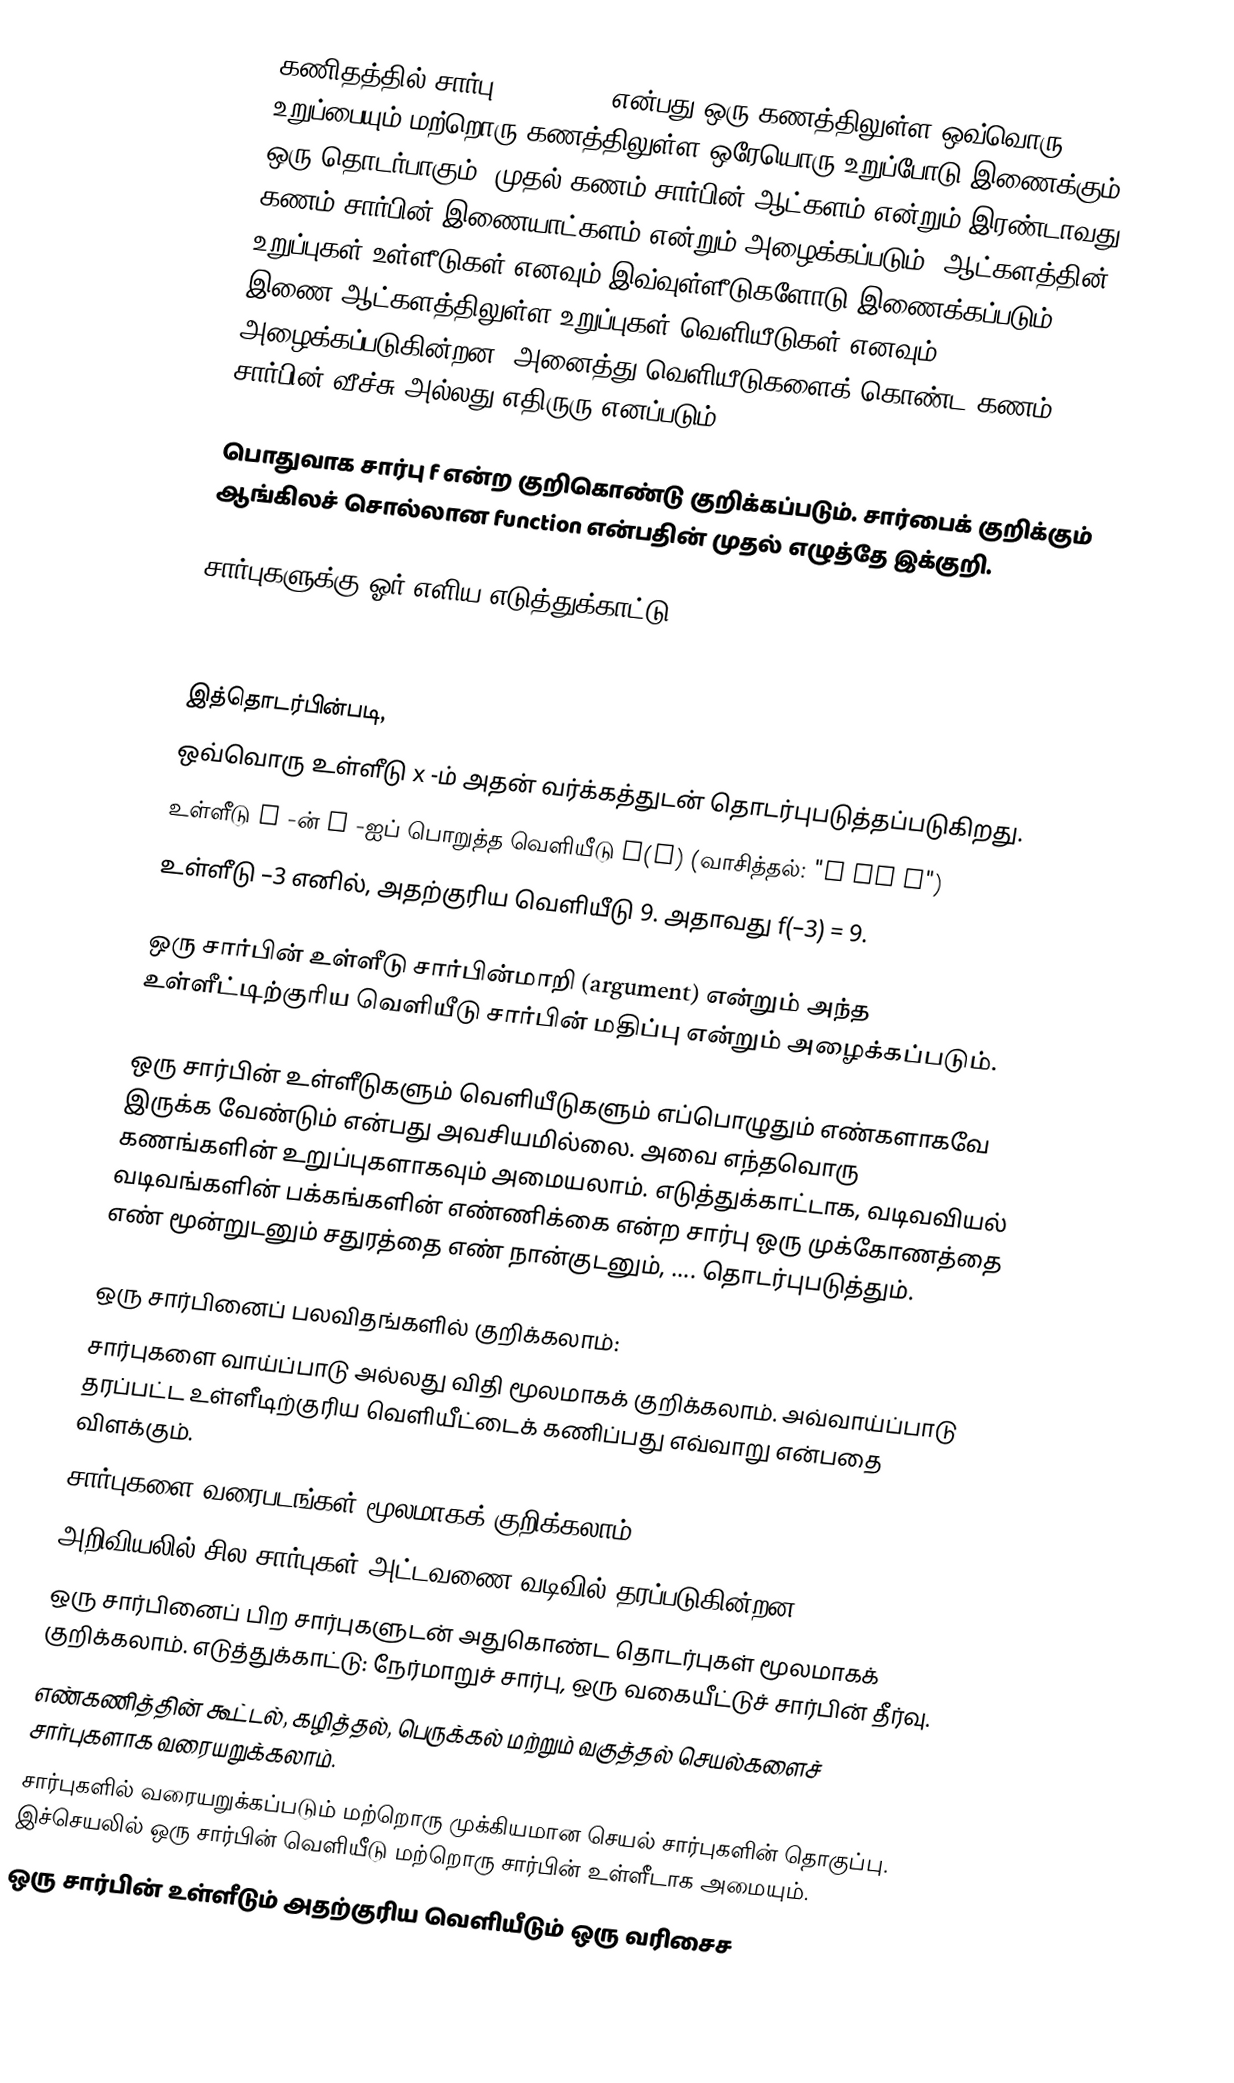
கணிதத்தில் சார்பு (function) என்பது ஒரு கணத்திலுள்ள ஒவ்வொரு உறுப்பையும் மற்றொரு கணத்திலுள்ள ஒரேயொரு உறுப்போடு இணைக்கும் ஒரு தொடர்பாகும். முதல் கணம் சார்பின் ஆட்களம் என்றும் இரண்டாவது கணம் சார்பின் இணையாட்களம் என்றும் அழைக்கப்படும். ஆட்களத்தின் உறுப்புகள் உள்ளீடுகள் எனவும் இவ்வுள்ளீடுகளோடு இணைக்கப்படும் இணை ஆட்களத்திலுள்ள உறுப்புகள் வெளியீடுகள் எனவும் அழைக்கப்படுகின்றன. அனைத்து வெளியீடுகளைக் கொண்ட கணம் சார்பின் வீச்சு அல்லது எதிருரு எனப்படும்.

பொதுவாக சார்பு f என்ற குறிகொண்டு குறிக்கப்படும். சார்பைக் குறிக்கும் ஆங்கிலச் சொல்லான function என்பதின் முதல் எழுத்தே இக்குறி.

சார்புகளுக்கு ஓர் எளிய எடுத்துக்காட்டு:

f(x) = x2

இத்தொடர்பின்படி,
ஒவ்வொரு உள்ளீடு x -ம் அதன் வர்க்கத்துடன் தொடர்புபடுத்தப்படுகிறது.
உள்ளீடு x -ன்  f -ஐப் பொறுத்த வெளியீடு  f(x) (வாசித்தல்: "f of x")
உள்ளீடு –3 எனில், அதற்குரிய வெளியீடு 9. அதாவது f(–3) = 9.

ஒரு சார்பின் உள்ளீடு சார்பின்மாறி (argument) என்றும் அந்த உள்ளீட்டிற்குரிய வெளியீடு சார்பின் மதிப்பு என்றும் அழைக்கப்படும்.

ஒரு சார்பின் உள்ளீடுகளும் வெளியீடுகளும் எப்பொழுதும் எண்களாகவே இருக்க வேண்டும் என்பது அவசியமில்லை. அவை எந்தவொரு கணங்களின் உறுப்புகளாகவும் அமையலாம். எடுத்துக்காட்டாக, வடிவவியல் வடிவங்களின் பக்கங்களின் எண்ணிக்கை என்ற சார்பு ஒரு முக்கோணத்தை எண் மூன்றுடனும் சதுரத்தை எண் நான்குடனும், .... தொடர்புபடுத்தும்.

ஒரு சார்பினைப் பலவிதங்களில் குறிக்கலாம்:
சார்புகளை வாய்ப்பாடு அல்லது விதி மூலமாகக் குறிக்கலாம். அவ்வாய்ப்பாடு தரப்பட்ட உள்ளீடிற்குரிய வெளியீட்டைக் கணிப்பது  எவ்வாறு என்பதை விளக்கும்.
சார்புகளை வரைபடங்கள் மூலமாகக் குறிக்கலாம்.
 அறிவியலில் சில சார்புகள் அட்டவணை வடிவில் தரப்படுகின்றன.
ஒரு சார்பினைப் பிற சார்புகளுடன் அதுகொண்ட தொடர்புகள் மூலமாகக் குறிக்கலாம். எடுத்துக்காட்டு: நேர்மாறுச் சார்பு, ஒரு வகையீட்டுச் சார்பின் தீர்வு.
 எண்கணித்தின் கூட்டல், கழித்தல், பெருக்கல் மற்றும் வகுத்தல் செயல்களைச் சார்புகளாக வரையறுக்கலாம்.
சார்புகளில் வரையறுக்கப்படும் மற்றொரு முக்கியமான செயல் சார்புகளின் தொகுப்பு. இச்செயலில் ஒரு சார்பின் வெளியீடு மற்றொரு சார்பின் உள்ளீடாக அமையும்.
 ஒரு சார்பின் உள்ளீடும் அதற்குரிய வெளியீடும் ஒரு வரிசைச